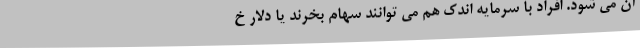
آن می شود. افراد با سرمایه اندک هم می توانند سهام بخرند یا دلار خ